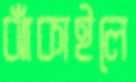
ঝাঁকাইলে